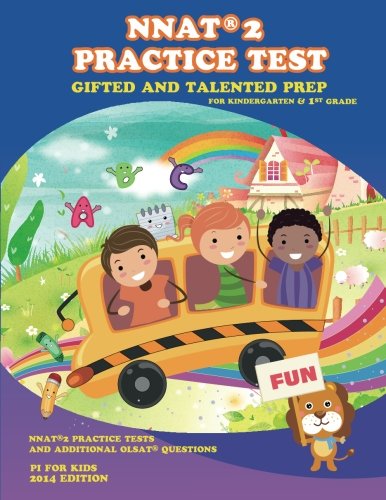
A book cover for Gifted and Talented: NNAT Practice Test Prep for Kindergarten and 1st Grade: with additional OLSAT Practice (Gifted and Talented Test Prep) (Volume 1); Pi For Kids; Education & Teaching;